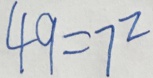
4 9 = 7 ^ { 2 }